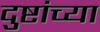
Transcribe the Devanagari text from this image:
दुष्टांच्या